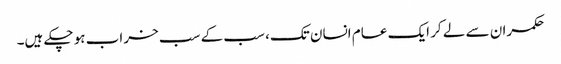
حکمران سے لے کر ایک عام انسان تک، سب کے سب خراب ہو چکے ہیں۔